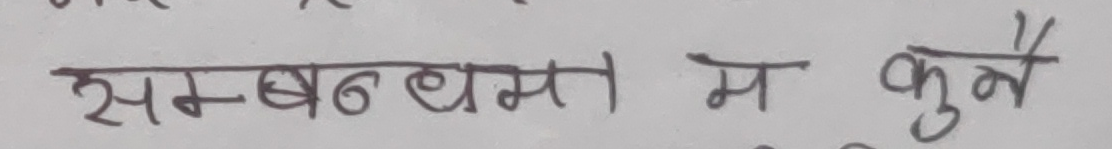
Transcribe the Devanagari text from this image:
सम्बन्धमा म कुनै